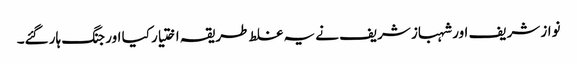
نواز شریف اور شہباز شریف نے یہ غلط طریقہ اختیار کیا اور جنگ ہار گئے۔